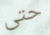
حتى